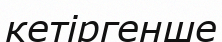
кетіргенше